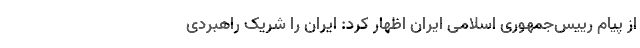
از پیام رییس‌جمهوری اسلامی ایران اظهار کرد: ایران را شریک راهبردی